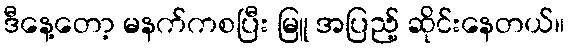
ဒီနေ့တော့ မနက်ကစပြီး မြူ အပြည့် ဆိုင်းနေတယ်။